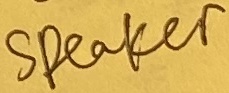
Text: Speaker